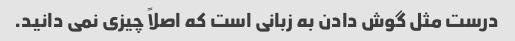
درست مثل گوش دادن به زبانی است که اصلاً چیزی نمی دانید.